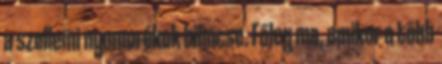
a szellemi nyomorékok bilincse. Főleg ma, amikor a több